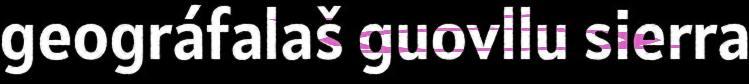
geográfalaš guovllu sierra